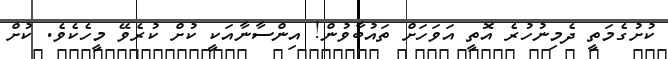
ކުށުގެމަތީ ދެމިނުހުރެ އޮތީ އަވަހަށް ތައުބާވުން! އިންސާނާއަކީ ކުށް ކުރެވޭ މީހެކެވެ. ކުށް